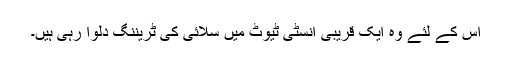
اس کے لئے وہ ایک قریبی انسٹی ٹیوٹ میں سلائی کی ٹریننگ دلوا رہی ہیں۔